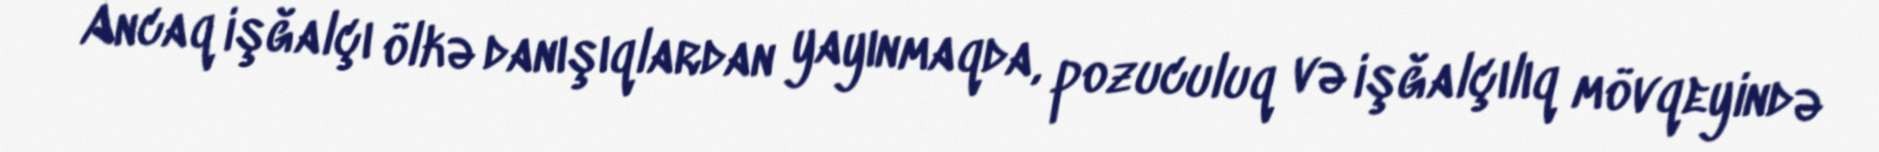
Ancaq işğalçı ölkə danışıqlardan yayınmaqda, pozuculuq və işğalçılıq mövqeyində